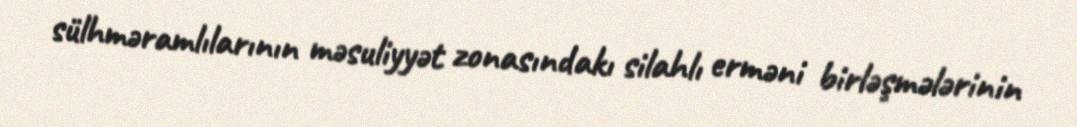
sülhməramlılarının məsuliyyət zonasındakı silahlı erməni birləşmələrinin